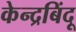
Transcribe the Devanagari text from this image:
केन्द्रबिंदू